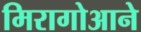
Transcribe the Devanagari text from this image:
मिरागोआने